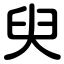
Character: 臾